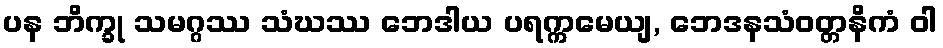
ပန ဘိက္ခု သမဂ္ဂဿ သံဃဿ ဘေဒါယ ပရက္ကမေယျ, ဘေဒနသံဝတ္တနိကံ ဝါ